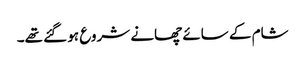
شام کے سائے چھانے شروع ہو گئے تھے۔